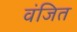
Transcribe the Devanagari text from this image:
वंजित